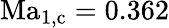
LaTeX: \mathrm{Ma}_{1,\mathrm{c}}=0.362